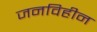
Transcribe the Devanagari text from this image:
जनविहीन